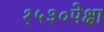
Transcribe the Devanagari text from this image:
१५३०पेक्षा